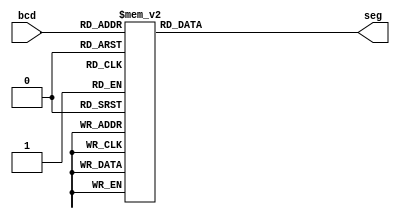
module bcdto7seg
(
	input		[3:0]bcd,
	output reg	[6:0]seg
);

	always @(bcd)
	begin
		case(bcd)
			4'd0: 		seg <= 7'b1000000;
			4'd1: 		seg <= 7'b1111001;
			4'd2: 		seg <= 7'b0100100;
			4'd3: 		seg <= 7'b0110000;
			4'd4: 		seg <= 7'b0011001;
			4'd5: 		seg <= 7'b0010010;
			4'd6: 		seg <= 7'b0000010;
			4'd7: 		seg <= 7'b1111000;
			4'd8: 		seg <= 7'b0000000;
			4'd9: 		seg <= 7'b0010000;
			default:	seg <= 7'b0000110;
		endcase
	end

endmodule